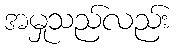
အမှုသည်လည်း